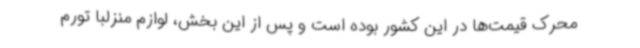
محرک قیمت‌ها در این کشور بوده است و پس از این بخش، لوازم منزلبا تورم